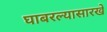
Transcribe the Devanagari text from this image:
घाबरल्यासारखे